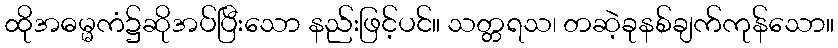
ထိုအဓမ္မကံ၌ဆိုအပ်ပြီးသော နည်းဖြင့်ပင်။ သတ္တရသ၊ တဆဲ့ခုနစ်ချက်ကုန်သော။